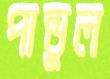
পান্ডুল